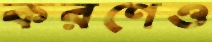
করণেও